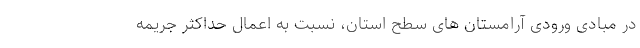
در مبادی ورودی آرامستان های سطح استان، نسبت به اعمال حداکثر جریمه